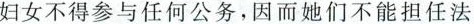
妇女不得参与任何公务，因而她们不能担任法